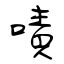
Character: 嘖